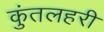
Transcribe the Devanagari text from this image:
कुंतलहरी